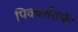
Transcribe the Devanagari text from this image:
पिक्चर्सतर्फे